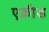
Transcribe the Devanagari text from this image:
एक्रीड